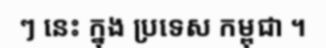
ៗ នេះ ក្នុង ប្រទេស កម្ពុជា ។